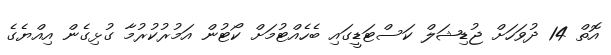
އޮތް 14 ދުވަހަށް ޖުޑިޝަލް ކަސްޓަޑީގައި ބެހެއްޓުމަށް ކޯޓުން އަމުރުކުރުމާ ގުޅިގެން އިއްޔެގެ